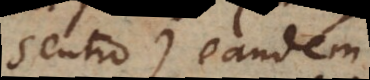
sentio) eandem